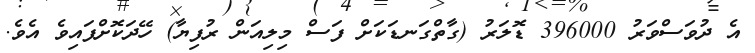
އެ ދުވަސްވަރު 396000 ޑޮލަރު (ގާތްގަނޑަކަށް ފަސް މިލިއަން ރުފިޔާ) ހޭދަކޮށްފައިވެ އެވެ.